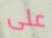
على